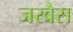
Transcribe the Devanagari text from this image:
जरवैस